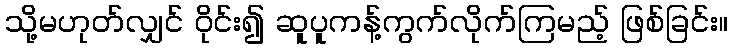
သို့မဟုတ်လျှင် ဝိုင်း၍ ဆူပူကန့်ကွက်လိုက်ကြမည့် ဖြစ်ခြင်း။